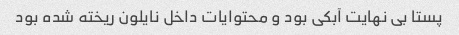
پستا بی نهایت آبکی بود و محتوایات داخل نایلون ریخته شده بود